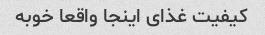
کیفیت غذای اینجا واقعا خوبه